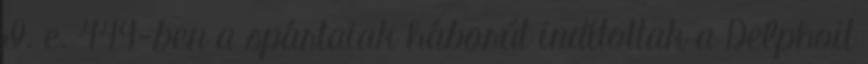
I. e. 449-ben a spártaiak háborút indítottak a Delphoit